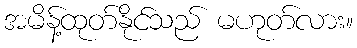
အမိန့်ထုတ်နိုင်သည် မဟုတ်လား။